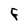
Character: F